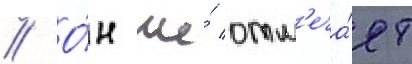
// О́н же́ отм'еча́ет